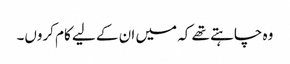
وہ چاہتے تھے کہ میں ان کے لیے کام کروں۔